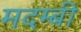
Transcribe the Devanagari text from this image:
मदम्बी